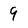
Character: 9